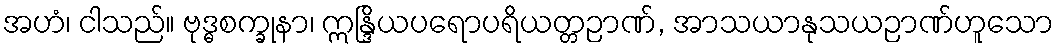
အဟံ၊ ငါသည်။ ဗုဒ္ဓစက္ခုနာ၊ ဣန္ဒြိယပရောပရိယတ္တဉာဏ်, အာသယာနုသယဉာဏ်ဟူသော